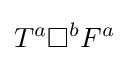
T^{a}\square ^{b}F^{a}